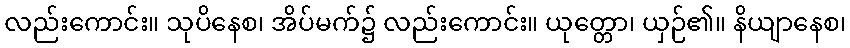
လည်းကောင်း။ သုပိနေစ၊ အိပ်မက်၌ လည်းကောင်း။ ယုတ္တော၊ ယှဉ်၏။ နိယျာနေစ၊